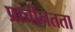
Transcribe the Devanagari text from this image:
प्राचीनतता